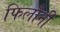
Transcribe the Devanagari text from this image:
फिलौनी